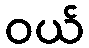
ဝယ်